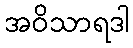
အဝိသာရဒါ